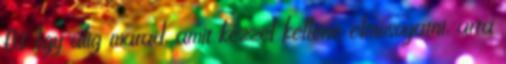
EU. Így alig marad, amit kézzel kellene elmosogatni, arra